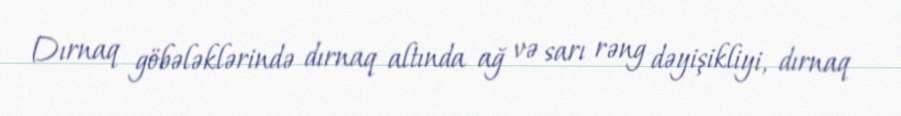
Dırnaq göbələklərində dırnaq altında ağ və sarı rəng dəyişikliyi, dırnaq